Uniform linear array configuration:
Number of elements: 32
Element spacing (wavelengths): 0.5
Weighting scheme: binomial
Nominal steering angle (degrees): -45
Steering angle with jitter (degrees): -46.107
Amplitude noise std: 0.05
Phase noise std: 0.05

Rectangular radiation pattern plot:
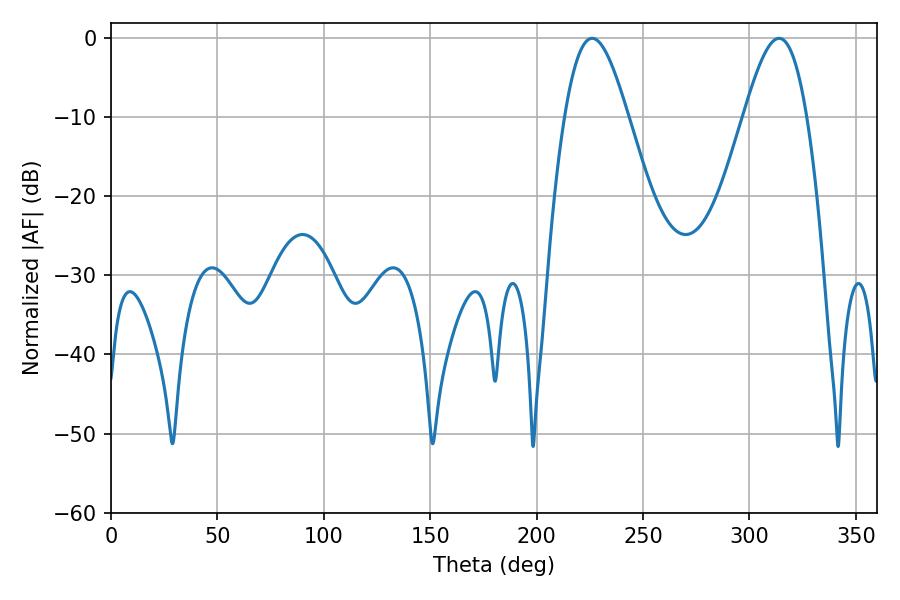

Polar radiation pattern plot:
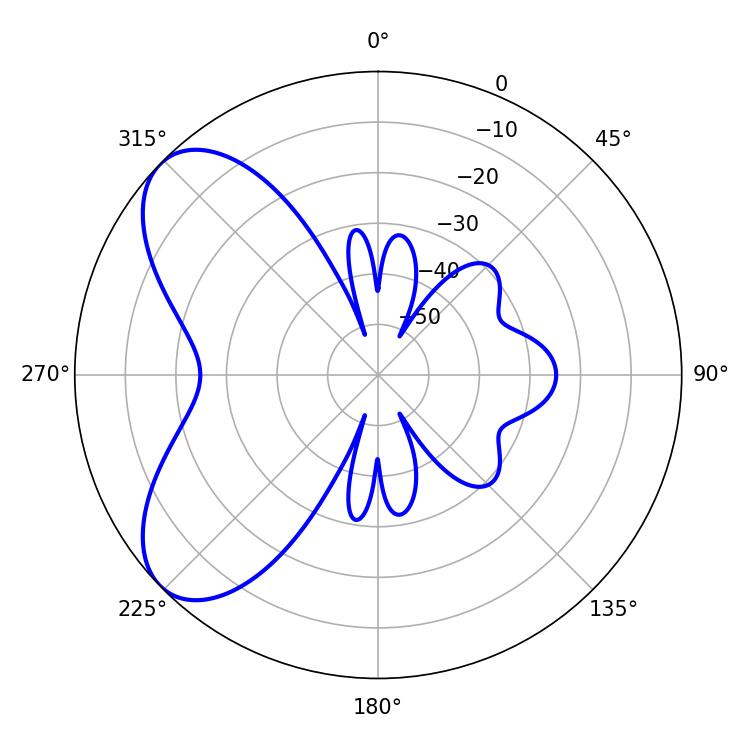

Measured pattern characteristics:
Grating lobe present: FALSE
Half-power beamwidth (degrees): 15.84
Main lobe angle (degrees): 226.08